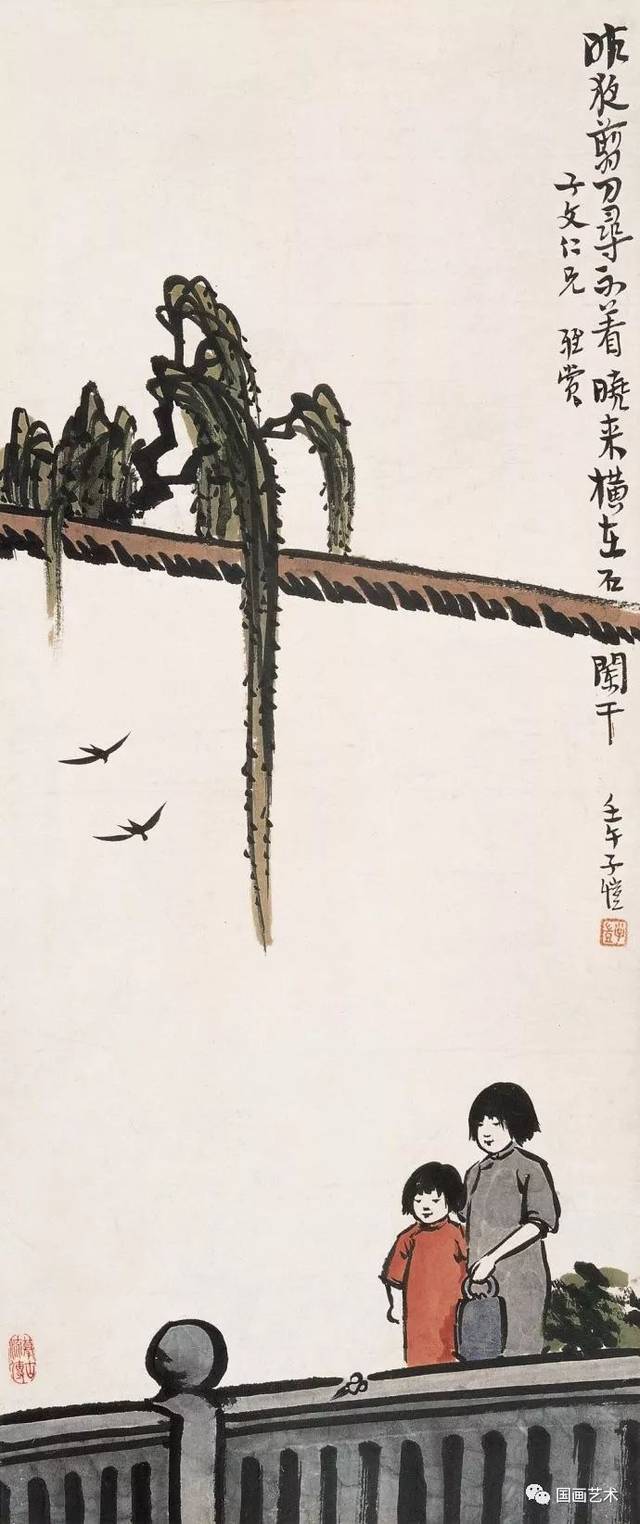
子规啼彻四更时，起视蚕稠怕叶稀。